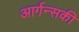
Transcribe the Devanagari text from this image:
आर्गन्सकी